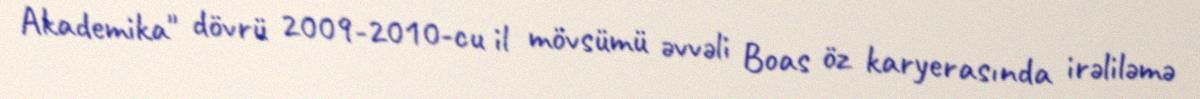
Akademika" dövrü 2009-2010-cu il mövsümü əvvəli Boas öz karyerasında irəliləmə